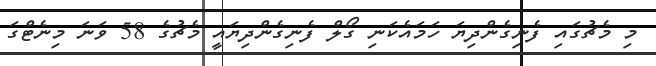
މި މެޗުގައި ފެނިގެންދިޔަ ހަމައެކަނި ގޯލް ފެނިގެންދިޔައީ މެޗުގެ 58 ވަނަ މިނެޓްގަ